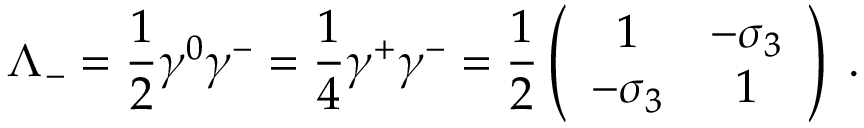
\Lambda _ { - } = { \frac { 1 } { 2 } } \gamma ^ { 0 } \gamma ^ { - } = { \frac { 1 } { 4 } } \gamma ^ { + } \gamma ^ { - } = { \frac { 1 } { 2 } } \left( \begin{array} { c c } { { 1 } } & { { - \sigma _ { 3 } } } \\ { { - \sigma _ { 3 } } } & { { 1 } } \end{array} \right) \; .